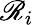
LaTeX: \mathscr{R}_{i}